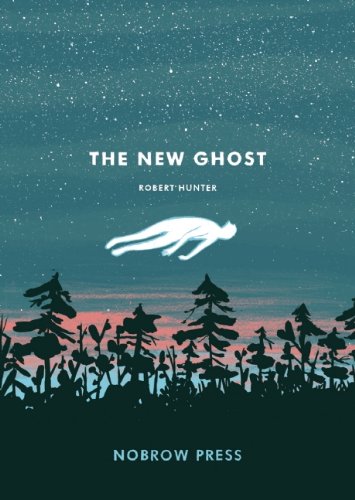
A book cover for The New Ghost (Nobrow 17x23); Robert Hunter; Comics & Graphic Novels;